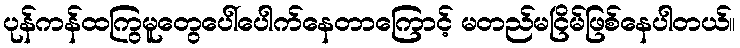
ပုန်ကန်ထကြွမူတွေပေါ်ပေါက်နေတာကြောင့် မတည်မငြိမ်ဖြစ်နေပါတယ်။